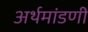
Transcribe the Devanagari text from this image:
अर्थमांडणी